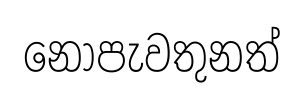
නොපැවතුනත්